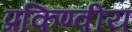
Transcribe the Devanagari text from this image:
प्रकिण्वीय